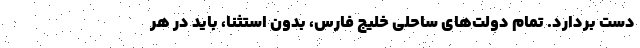
دست بردارد. تمام دولت‌های ساحلی خلیج فارس، بدون استثنا، باید در هر